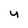
Character: y